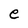
Character: e